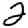
Digit: 2